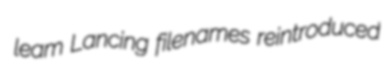
leam Lancing filenames reintroduced